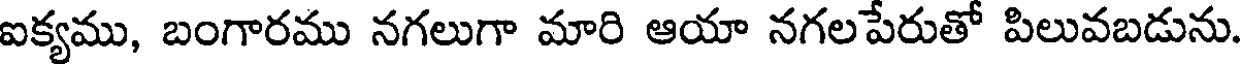
ఐక్యము, బంగారము నగలుగా మారి ఆయా నగలపేరుతో పిలువబడును.